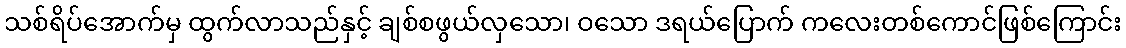
သစ်ရိပ်အောက်မှ ထွက်လာသည်နှင့် ချစ်စဖွယ်လှသော၊ ဝသော ဒရယ်ပြောက် ကလေးတစ်ကောင်ဖြစ်ကြောင်း